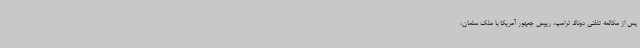
پس از مکالمه تلفنی دونالد ترامپ، رییس جمهور آمریکا با ملک سلمان،